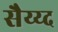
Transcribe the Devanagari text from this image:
सैय्य्द